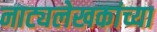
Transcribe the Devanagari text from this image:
नाट्यलेखकांच्या